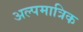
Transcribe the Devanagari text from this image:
अल्पमात्रिक